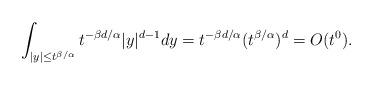
LaTeX: \begin{align*}\int_{|y| \le t^{\beta/\alpha}}t^{-\beta d/\alpha}|y|^{d-1}dy = t^{-\beta d/\alpha}(t^{\beta/\alpha})^{d}=O(t^{0}).\end{align*}